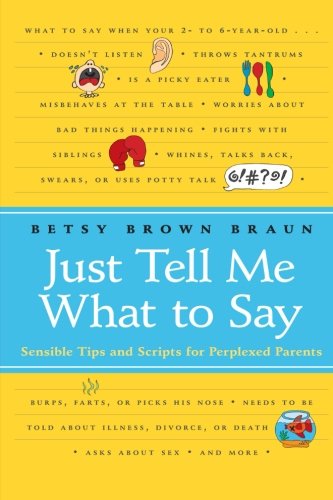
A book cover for Just Tell Me What to Say: Sensible Tips and Scripts for Perplexed Parents; Betsy Brown Braun; Parenting & Relationships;